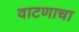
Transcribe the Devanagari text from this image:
वाटणाचा